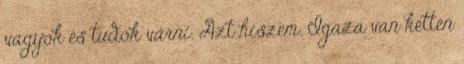
vagyok és tudok várni. Azt hiszem. Igaza van ketten